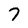
Character: 7